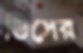
ডিসের